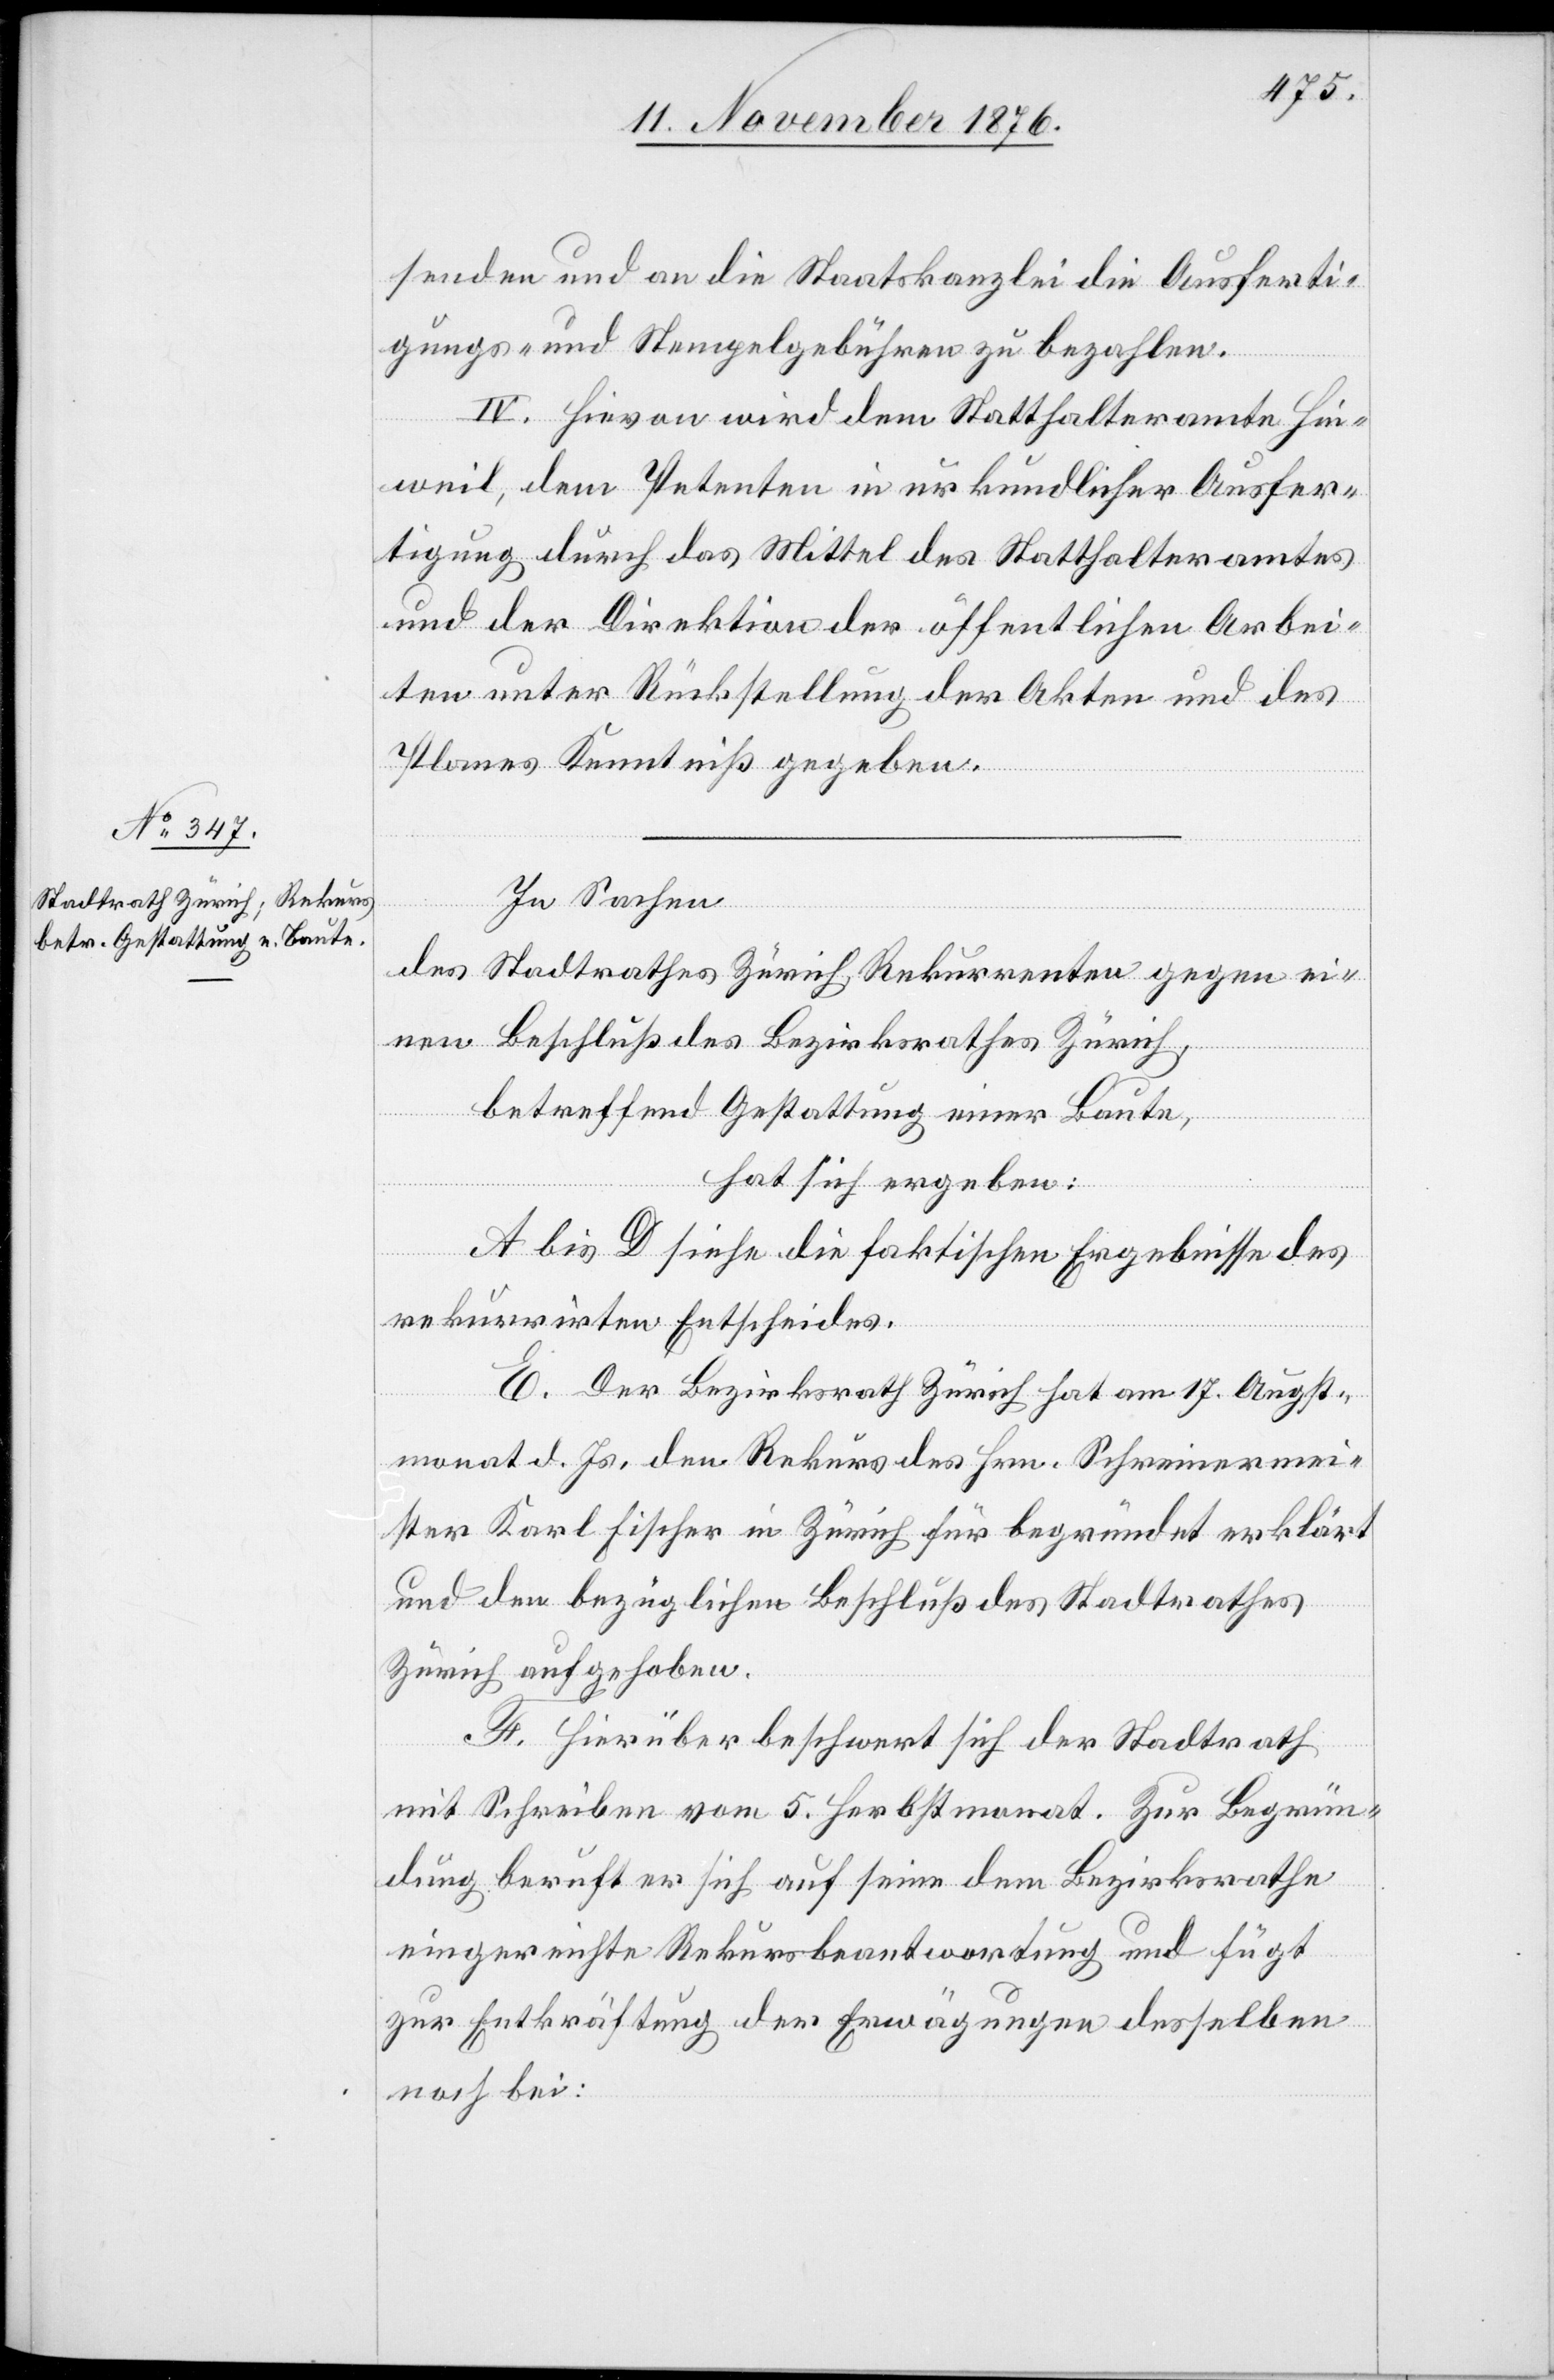
senden und an die Staatskanzlei die Ausferti¬
gungs- und Stempelgebühren zu bezahlen.
IV. Hievon wird dem Statthalteramte Hin¬
weil, dem Petenten in urkundlicher Ausfer¬
tigung durch das Mittel des Statthalteramtes
und der Direktion der öffentlichen Arbei¬
ten unter Rückstellung der Akten und des
Planes Kenntniß gegeben.
In Sachen
des Stadtrathes Zürich, Rekurrenten gegen ei¬
nen Beschluß des Bezirksrathes Zürich,
betreffend Gestattung einer Baute,
hat sich ergeben:
A bis D siehe die faktischen Ergebnisse des
rekurrirten Entscheides.
E. Der Bezirksrath Zürich hat am 17. Augst¬
monat d. Js. den Rekurs des Hrn. Schreibermei¬
ster Karl Fischer in Zürich für begründet erklärt
und den bezüglichen Beschluß des Stadtrathes
Zürich aufgehoben.
F. Hierüber beschwert sich der Stadtrath
mit Schreiben vom 5. Herbstmonat. Zur Begrün¬
dung beruft er sich auf seine dem Bezirksrathe
eingereichte Rekursbeantwortung und fügt
zur Entkräftung der Erwägungen desselben
noch bei: